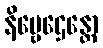
နိဗ္ဗေဌေန္တော